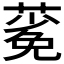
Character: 𬞎